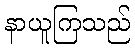
နာယူကြသည်